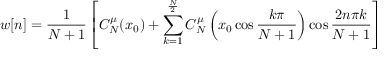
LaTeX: w [ n ] = { \frac { 1 } { N + 1 } } \left[ C _ { N } ^ { \mu } ( x _ { 0 } ) + \sum _ { k = 1 } ^ { \frac { N } { 2 } } C _ { N } ^ { \mu } \left( x _ { 0 } \cos { \frac { k \pi } { N + 1 } } \right) \cos { \frac { 2 n \pi k } { N + 1 } } \right]